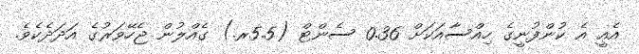
އެއީ އެ ކުންފުނީގެ ހިއްސާއަކަށް 0.36 ސެންޓް (5.5ރ.) ގެއްލުން ޖެހޭވަރުގެ އަދަދެކެވެ.